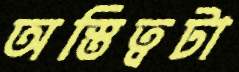
অস্তিত্বটা